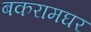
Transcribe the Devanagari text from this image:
बकरामघर